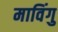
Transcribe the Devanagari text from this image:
माविंगु